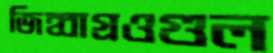
জিহ্বাগ্রওগুল